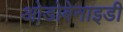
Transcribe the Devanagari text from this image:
ओडोबेनाइडी